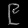
Digit: ၉